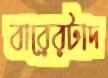
বারেরটাদ